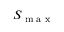
S _ { \textrm { m a x } }